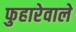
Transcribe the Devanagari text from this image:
फुहारेवाले